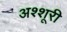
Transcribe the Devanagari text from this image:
अश्शूरी